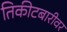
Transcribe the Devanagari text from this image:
तिकीटबारीवर